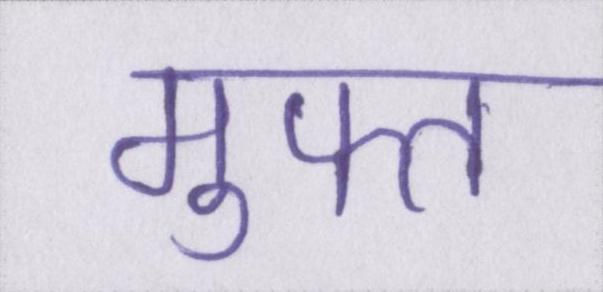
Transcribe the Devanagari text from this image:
मुफ्त